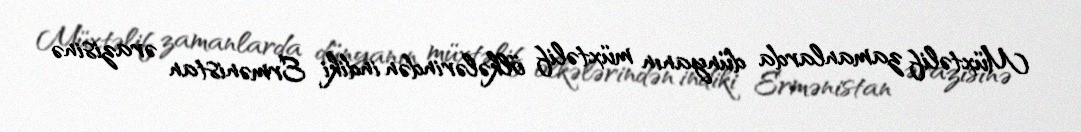
Müxtəlif zamanlarda dünyanın müxtəlif ölkələrindən indiki Ermənistan ərazisinə